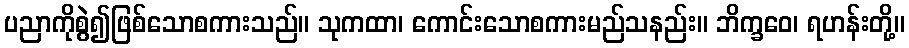
ပညာကိုစွဲ၍ဖြစ်သောစကားသည်။ သုကထာ၊ ကောင်းသောစကားမည်သနည်း။ ဘိက္ခဝေ၊ ရဟန်းတို့။